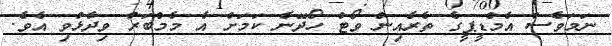
ނަމަވެސް އެމްޑީޕީގެ ތެރެއިން ވޯޓް ހޯދޭނެ ކަަމަށް އެ މެމްބަރު ވިދާޅުވި އެވެ.